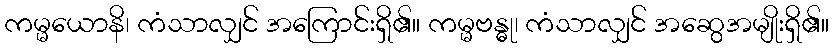
ကမ္မယောနိ၊ ကံသာလျှင် အကြောင်းရှိ၏။ ကမ္မဗန္ဓု၊ ကံသာလျှင် အဆွေအမျိုးရှိ၏။